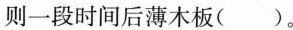
则一段时间后薄木板（ ）。